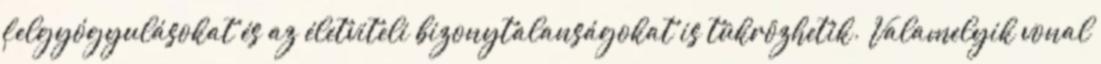
felgyógyulásokat és az életviteli bizonytalanságokat is tükrözhetik. Valamelyik vonal